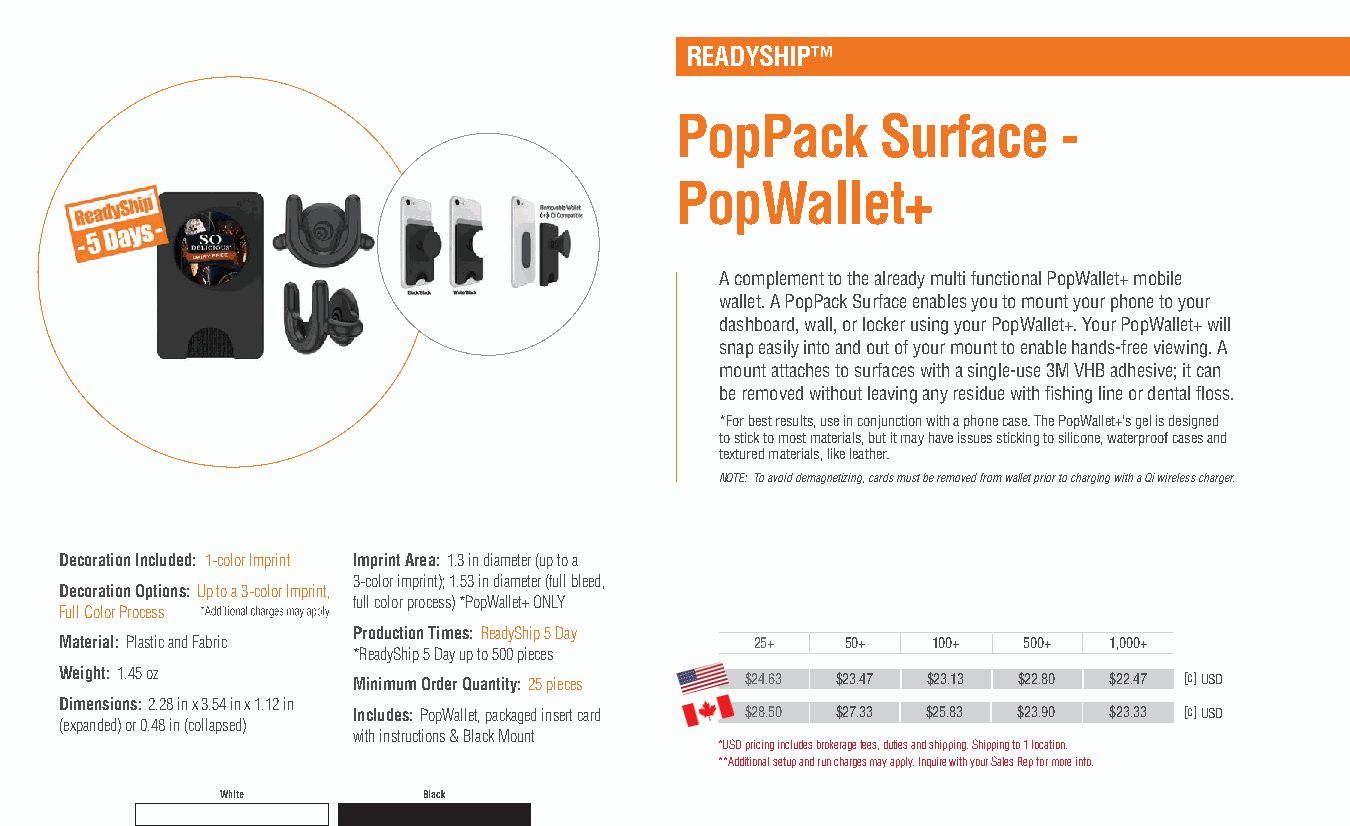
READYSHIP™
 PopPack      Surface     -
 PopWallet+
 A complement to the already multi functional PopWallet+ mobile
 wallet. A PopPack Surface enables you to mount your phone to your
 dashboard, wall, or locker using your PopWallet+. Your PopWallet+ will
 snap easily into and out of your mount to enable hands-free viewing. A
 mount attaches to surfaces with a single-use 3M VHB adhesive; it can
 be removed without leaving any residue with fishing line or dental floss.
 *For best results, use in conjunction with a phone case. The PopWallet+'s gel is designed
 to stick to most materials, but it may have issues sticking to silicone, waterproof cases and
 textured materials, like leather.
 NOTE: To avoid demagnetizing, cards must be removed from wallet prior to charging with a Qi wireless charger.
 Decoration Included: 1-color Imprint Imprint Area: 1.3 in diameter (up to a
 3-color imprint); 1.53 in diameter (full bleed,
 Decoration Options: Up to a 3-color Imprint,
 full color process) *PopWallet+ ONLY
 Full Color Process
 Production Times: ReadyShip 5 Day
 Material: Plastic and Fabric                  25+   50+   100+  500+ 1,000+
 *ReadyShip 5 Day up to 500 pieces
 Weight: 1.45 oz    Minimum Order Quantity: 25 pieces $24.63 $23.47 $23.13 $22.80 $22.47 [c] USD
 Dimensions: 2.28 in x 3.54 in x 1.12 in
 Includes: PopWallet, packaged insert card $28.50 $27.33 $25.83 $23.90 $23.33 [c] USD
 (expanded) or 0.48 in (collapsed)
 with instructions & Black Mount
 *USD pricing includes brokerage fees, duties and shipping. Shipping to 1 location.
 **Additional setup and run charges may apply. Inquire with your Sales Rep for more info.
 White        Black